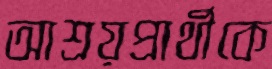
আশ্রয়প্রার্থীকে